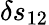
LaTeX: \delta s_{12}